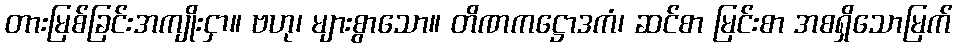
တားမြစ်ခြင်းအကျိုးငှာ။ ဗဟု၊ များစွာသော။ တိဏကဋ္ဌောဒကံ၊ ဆင်စာ မြင်းစာ အစရှိသောမြက်